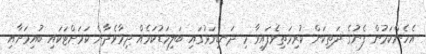
އެހެންކަމުން ފެނުގެ ދަތިކަން ކުރިމަތިވެފައިވާ މި ދަނޑިވަޅުގައި ބަލިމަޑުކަމެއް ދިމާވެދާނެ ކަމަށްޓަކައި ބުއިމަށާއި